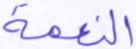
النعمة